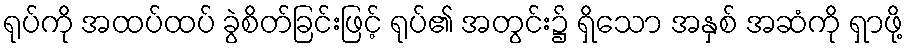
ရုပ်ကို အထပ်ထပ် ခွဲစိတ်ခြင်းဖြင့် ရုပ်၏ အတွင်း၌ ရှိသော အနှစ် အဆံကို ရှာဖို့